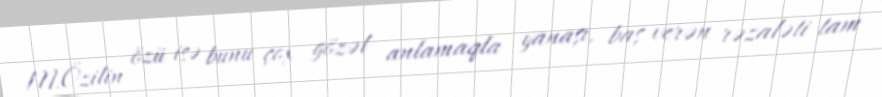
M.Özilin özü isə bunu çox gözəl anlamaqla yanaşı, baş verən rəzaləti tam